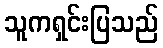
သူကရှင်းပြသည်